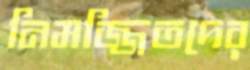
নিমজ্জিতদের